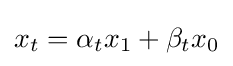
x_{t}=\alpha _{t}x_{1}+\beta _{t}x_{0}